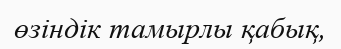
өзіндік тамырлы қабық,